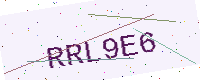
Text: RRL9E6